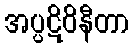
အပ္ပဋိဝိနီတာ